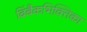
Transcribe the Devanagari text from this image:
बिंबैकभिक्तिका